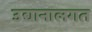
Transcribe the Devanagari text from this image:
उद्यानालगत